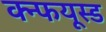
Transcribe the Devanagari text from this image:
क्न्फयूस्ड